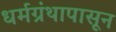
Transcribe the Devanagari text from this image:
धर्मग्रंथापासून